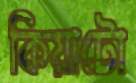
কিয়াটো